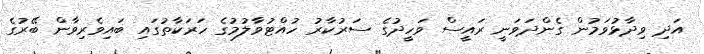
އަދި ވިދާޅުވަމުން ގެންދަވަނީ ރައީސް ވަހީދުގެ ސަރުކާރު ހުއްޓުވާލުމުގެ ހަރަކާތުގައި ބައިވެރިވާން ބޭރުގެ